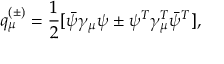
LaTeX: q _ { \mu } ^ { ( \pm ) } = \frac { 1 } { 2 } [ \bar { \psi } \gamma _ { \mu } \psi \pm \psi ^ { T } \gamma _ { \mu } ^ { T } \bar { \psi } ^ { T } ] ,